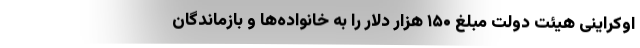
اوکراینی هیئت دولت مبلغ ۱۵۰ هزار دلار را به خانواده‌ها و بازماندگان